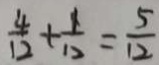
\frac { 4 } { 1 2 } + \frac { 1 } { 1 2 } = \frac { 5 } { 1 2 }